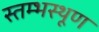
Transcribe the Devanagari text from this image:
स्तम्भस्थूण